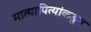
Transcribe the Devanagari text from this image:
मात्यापित्यांकडून